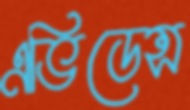
এভিডেন্স